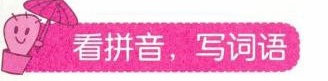
看拼音，写词语